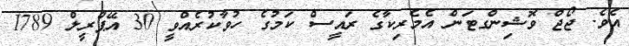
އެވެ. ޖޯޖް ވޮޝިންގޓަން އެމެރިކާގެ ރައީސް ކަމުގެ ހުވާކުރެއްވީ 30 އޭޕްރީލް 1789